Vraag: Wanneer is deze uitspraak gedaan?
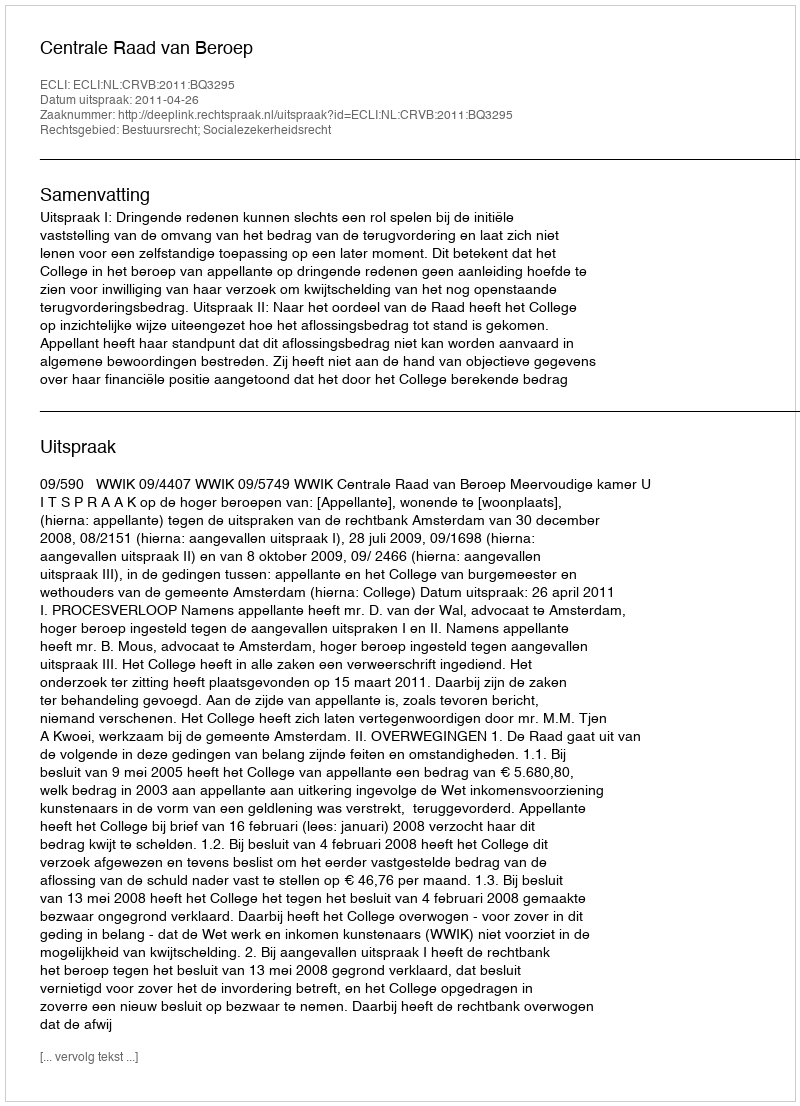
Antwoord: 2011-04-26